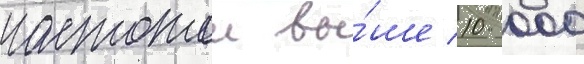
частотои вы́ше 10 000